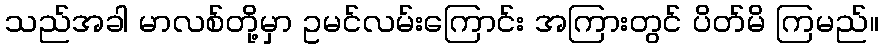
သည်အခါ မာလစ်တို့မှာ ဥမင်လမ်းကြောင်း အကြားတွင် ပိတ်မိ ကြမည်။